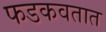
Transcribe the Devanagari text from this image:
फडकवतात